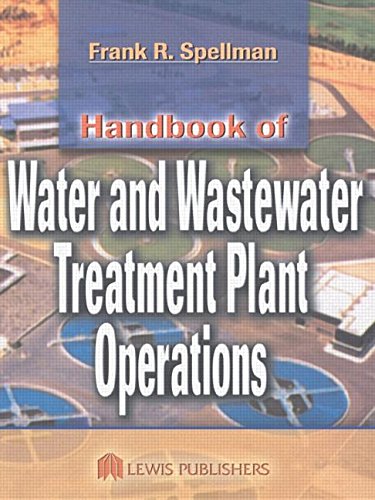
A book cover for Handbook of Water and Wastewater Treatment Plant Operations; Frank R. Spellman; Science & Math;